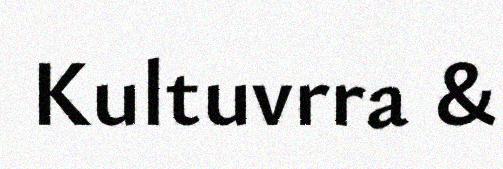
Kultuvrra &